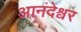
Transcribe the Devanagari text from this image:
आनंदेश्वर